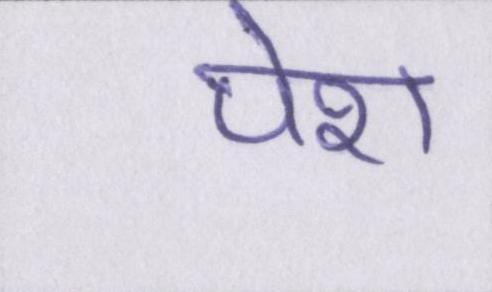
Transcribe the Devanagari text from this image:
पेश